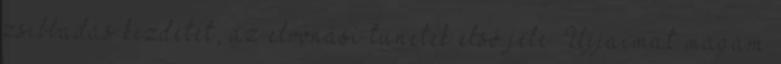
zsibbadás kezdetét, az elvonási tünetek első jele. Ujjaimat magam